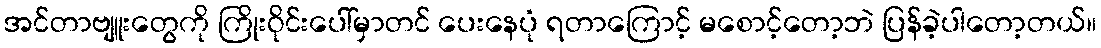
အင်တာဗျူးတွေကို ကြိုးဝိုင်းပေါ်မှာတင် ပေးနေပုံ ရတာကြောင့် မစောင့်တော့ဘဲ ပြန်ခဲ့ပါတော့တယ်။